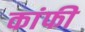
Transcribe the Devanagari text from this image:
कांफी